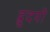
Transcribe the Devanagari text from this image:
ह्रुदयी